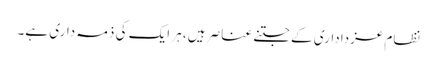
نظام عزداداری کے جتنے عناصر ہیں، ہر ایک کی ذمہ داری ہے۔